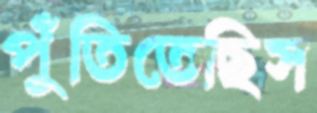
পুঁতিতেছিস